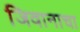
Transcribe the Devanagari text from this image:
जिवानाचा